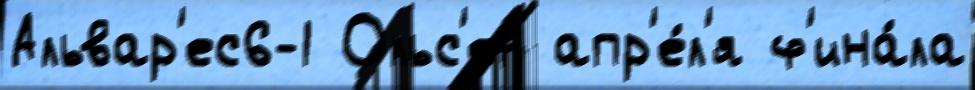
Альвар'ес6-1 Ольс'ен апр'е́л'я ф'ина́ла